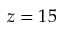
z = 1 5